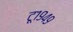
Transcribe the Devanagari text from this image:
टू१९४९